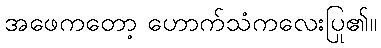
အဖေကတော့ ဟောက်သံကလေးပြု၏။